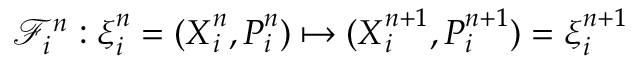
\mathcal { F } _ { i } ^ { n } : \ensuremath { \boldsymbol { \xi } } _ { i } ^ { n } = ( \ensuremath { \boldsymbol { X } } _ { i } ^ { n } , \ensuremath { \boldsymbol { P } } _ { i } ^ { n } ) \mapsto ( \ensuremath { \boldsymbol { X } } _ { i } ^ { n + 1 } , \ensuremath { \boldsymbol { P } } _ { i } ^ { n + 1 } ) = \ensuremath { \boldsymbol { \xi } } _ { i } ^ { n + 1 }